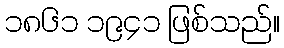
၁၈၆၁ ၁၉၄၁ ဖြစ်သည်။